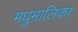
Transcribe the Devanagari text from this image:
मधुमालिका